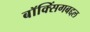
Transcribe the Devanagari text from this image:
बॉक्सिंगबद्दल